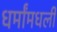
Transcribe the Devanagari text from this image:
धर्मांमधली